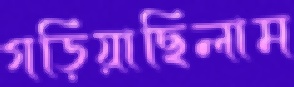
গড়িয়াছিলাম